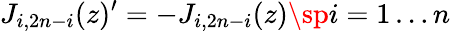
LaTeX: J_{i,2n-i}(z)^{\prime}=-J_{i,2n-i}(z)\sp i=1\ldots n